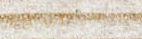
free wifi